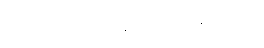
အံသကိုဋ်လှူရကျိုး သုံးပါးဂါထာ။